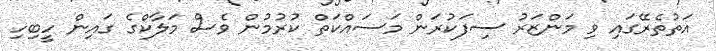
އަތުތެރޭގައި ވި މަންޒަރު ސިފަކުރަން މަސައްކަތް ކުރުމުން ވެސް މަލާކްގެ ގައިން ހީބިހި